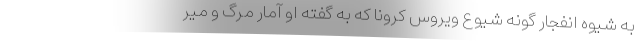
به شیوه انفجار گونه شیوع ویروس کرونا که به گفته او آمار مرگ و میر